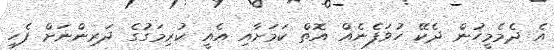
އެ ދެމެމީހުން ދެކޭ ހުވަފެނެއް އޮތް ކަމަށާއި އެއީ ކުރިމަގުގެ ދަރިންނަށް ފެހި